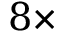
8 \times